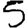
Digit: 5